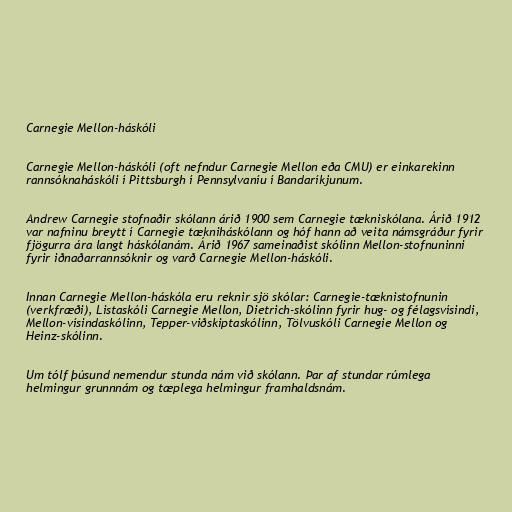
Carnegie Mellon-háskóli

Carnegie Mellon-háskóli (oft nefndur Carnegie Mellon eða CMU) er einkarekinn
rannsóknaháskóli í Pittsburgh í Pennsylvaníu í Bandaríkjunum.

Andrew Carnegie stofnaðir skólann árið 1900 sem Carnegie tækniskólana. Árið 1912
var nafninu breytt í Carnegie tækniháskólann og hóf hann að veita námsgráður fyrir
fjögurra ára langt háskólanám. Árið 1967 sameinaðist skólinn Mellon-stofnuninni
fyrir iðnaðarrannsóknir og varð Carnegie Mellon-háskóli.

Innan Carnegie Mellon-háskóla eru reknir sjö skólar: Carnegie-tæknistofnunin
(verkfræði), Listaskóli Carnegie Mellon, Dietrich-skólinn fyrir hug- og félagsvísindi,
Mellon-vísindaskólinn, Tepper-viðskiptaskólinn, Tölvuskóli Carnegie Mellon og
Heinz-skólinn.

Um tólf þúsund nemendur stunda nám við skólann. Þar af stundar rúmlega
helmingur grunnnám og tæplega helmingur framhaldsnám.